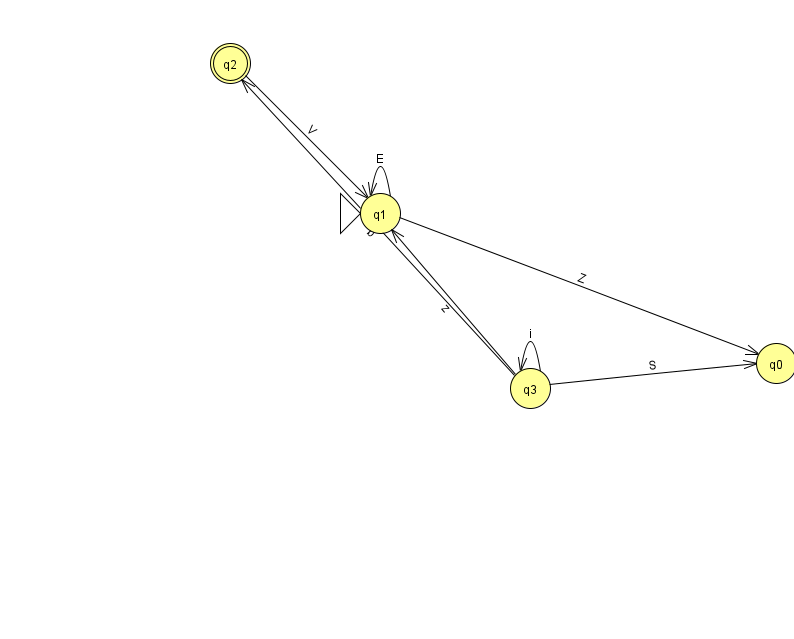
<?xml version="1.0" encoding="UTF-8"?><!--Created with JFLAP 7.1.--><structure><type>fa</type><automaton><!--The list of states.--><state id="0" name="q0"><x>776.0</x><y>350.0</y></state><state id="1" name="q1"><x>380.0</x><y>200.0</y><initial/></state><state id="2" name="q2"><x>230.0</x><y>50.0</y><final/></state><state id="3" name="q3"><x>530.0</x><y>375.0</y></state><!--The list of transitions.--><transition><from>2</from><to>1</to><read>V</read></transition><transition><from>1</from><to>1</to><read>E</read></transition><transition><from>3</from><to>2</to><read>b</read></transition><transition><from>3</from><to>0</to><read>S</read></transition><transition><from>3</from><to>1</to><read>z</read></transition><transition><from>3</from><to>3</to><read>i</read></transition><transition><from>1</from><to>0</to><read>Z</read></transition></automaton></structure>